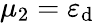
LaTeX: \mu_{2}=\varepsilon_{\mathrm{d}}